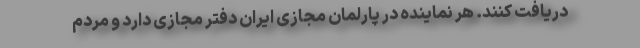
دریافت کنند. هر نماینده در پارلمان مجازی ایران دفتر مجازی دارد و مردم